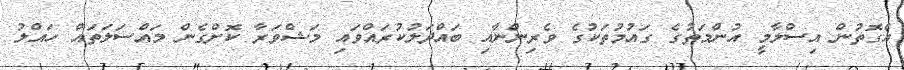
އެގޮތުން އިސްލާމީ އުންމަތުގެ ގައުމުތަކުގެ ވެރިންނާއި ބައްދަލުކުރައްވައި މަޝްވަރާ ކޮށްގެން މައްސަލަތައް ހައްލު